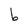
Character: b